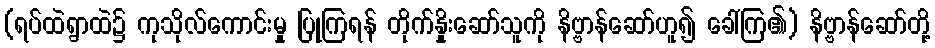
(ရပ်ထဲရွာထဲ၌ ကုသိုလ်ကောင်းမှု ပြုကြရန် တိုက်နှိုးဆော်သူကို နိဗ္ဗာန်ဆော်ဟူ၍ ခေါ်ကြ၏) နိဗ္ဗာန်ဆော်တို့